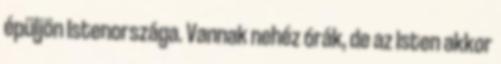
épüljön Istenországa. Vannak nehéz órák, de az Isten akkor